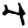
Digit: 4